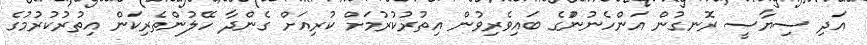
އަދި ސިޔާސީ ރޮނގުން އަންހެނުންުގެ ބައިވެރިވުން އިތުރުކުރުމަށް ކުރިއަށް ގެންދާ ހޭލުންތެރިކަން އިތުރުކުރުމުގެ